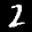
Label: 2